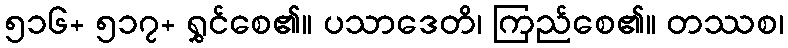
၅၁၆+ ၅၁၇+ ရွှင်စေ၏။ ပသာဒေတိ၊ ကြည်စေ၏။ တဿစ၊